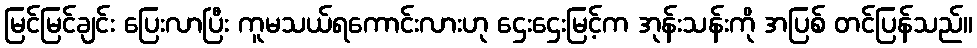
မြင်မြင်ချင်း ပြေးလာပြီး ကူမသယ်ရကောင်းလားဟု ဌေးဌေးမြင့်က အုန်းသန်းကို အပြစ် တင်ပြန်သည်။